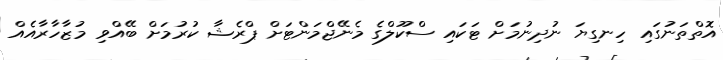
އޮތްތަނުގައި ހިނގިޔަ ނުދިނުމަށް ޓަކައި ސްކޫލްގެ މެނޭޖްމަންޓަށް ޕްރެޝާ ކުރުމަށް ބޭއްވި މުޒާހާރާއެއް